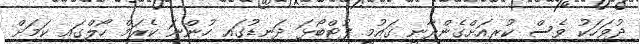
ދުވަހަކު ވެސް ކުރިއަށްގެންދާނީ ގައުމީ ފުޓްބޯޅަ ދަނޑުގައި ހުންނަ ކެރަމް ހޯލްގައި ކަމަށް